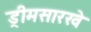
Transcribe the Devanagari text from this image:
ड्रीमसारखे